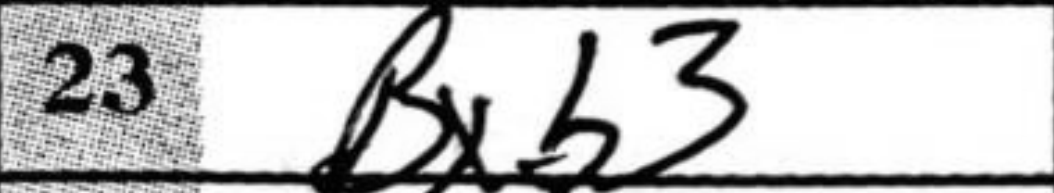
Transcription: Bxb3